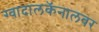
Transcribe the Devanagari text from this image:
ग्वादालकॅनालवर